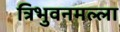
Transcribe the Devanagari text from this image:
त्रिभुवनमल्‍ला